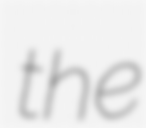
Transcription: the